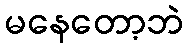
မနေတော့ဘဲ